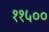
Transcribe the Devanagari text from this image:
११५००